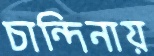
চান্দিনায়